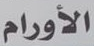
الأورام